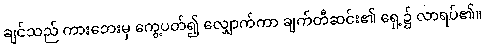
ချင်သည် ကားဘေးမှ ကွေ့ပတ်၍ လျှောက်ကာ ချက်တီဆင်း၏ ရှေ့၌ လာရပ်၏။